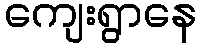
ကျေးရွာနေ